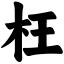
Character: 枉